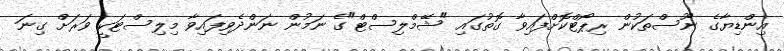
އިންޑިޔާގެ ނޫސްތަކުން ރިޕޯޓްކޮށްފައިވާ ގޮތުގައި "ޝޭމްލިސްޓް"ގެ ނަމުން ނަންދެވިފައިވާ މިލިސްޓަކީ ވަރަށް ގިނަ